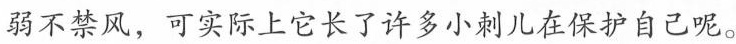
弱不禁风，可实际上它长了许多小刺儿在保护自己呢。